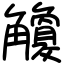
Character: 觼